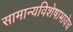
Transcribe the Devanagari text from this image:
सामान्यविशेषाभावेच